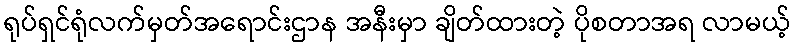
ရုပ်ရှင်ရုံလက်မှတ်အရောင်းဌာန အနီးမှာ ချိတ်ထားတဲ့ ပိုစတာအရ လာမယ့်